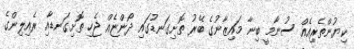
ކިޔުންތެރިއެއް ސުނާމީ ބިނާ މައިޒާނުގެ ބޭރު ތޮށިގަނޑުގައި ދޯންޏެއް ޖެހި ތޮށިގަނޑާއި ރެއިލިންގެ